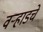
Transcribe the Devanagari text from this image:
वऱ्हाडचे